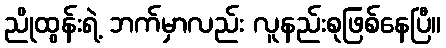
ညိုထွန်းရဲ့ ဘက်မှာလည်း လူနည်းစုဖြစ်နေပြီ။